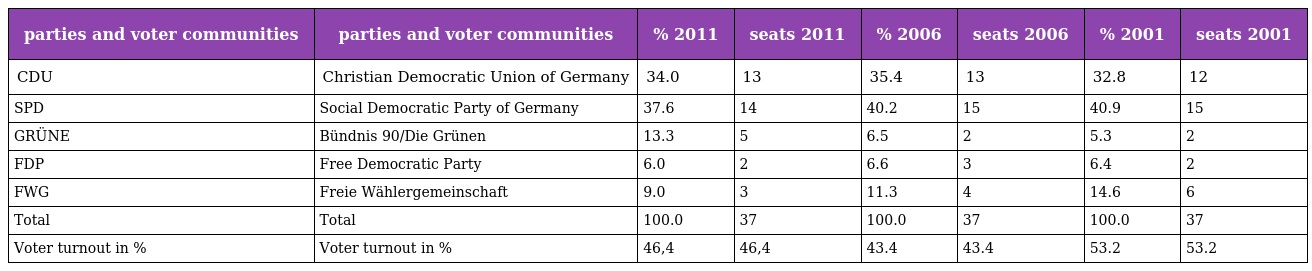
| parties and voter communities | parties and voter communities | % 2011 | seats 2011 | % 2006 | seats 2006 | % 2001 | seats 2001 |
 | --- | --- | --- | --- | --- | --- | --- | --- |
 | CDU | Christian Democratic Union of Germany | 34.0 | 13 | 35.4 | 13 | 32.8 | 12 |
 | SPD | Social Democratic Party of Germany | 37.6 | 14 | 40.2 | 15 | 40.9 | 15 |
 | GRÜNE | Bündnis 90/Die Grünen | 13.3 | 5 | 6.5 | 2 | 5.3 | 2 |
 | FDP | Free Democratic Party | 6.0 | 2 | 6.6 | 3 | 6.4 | 2 |
 | FWG | Freie Wählergemeinschaft | 9.0 | 3 | 11.3 | 4 | 14.6 | 6 |
 | Total | Total | 100.0 | 37 | 100.0 | 37 | 100.0 | 37 |
 | Voter turnout in % | Voter turnout in % | 46,4 | 46,4 | 43.4 | 43.4 | 53.2 | 53.2 |